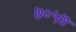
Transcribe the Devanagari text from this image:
७०५७